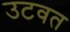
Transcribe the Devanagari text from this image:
उटवत